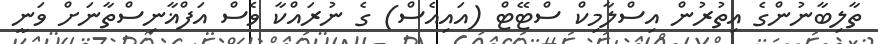
ތާލިބާނުންގެ އިތުރުން އިސްލާމިކް ސްޓޭޓް (އައިއެސް) ގެ ނުރައްކާ ވެސް އަފްޣާނިސްތާނަށް ވަނީ